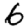
Digit: 6